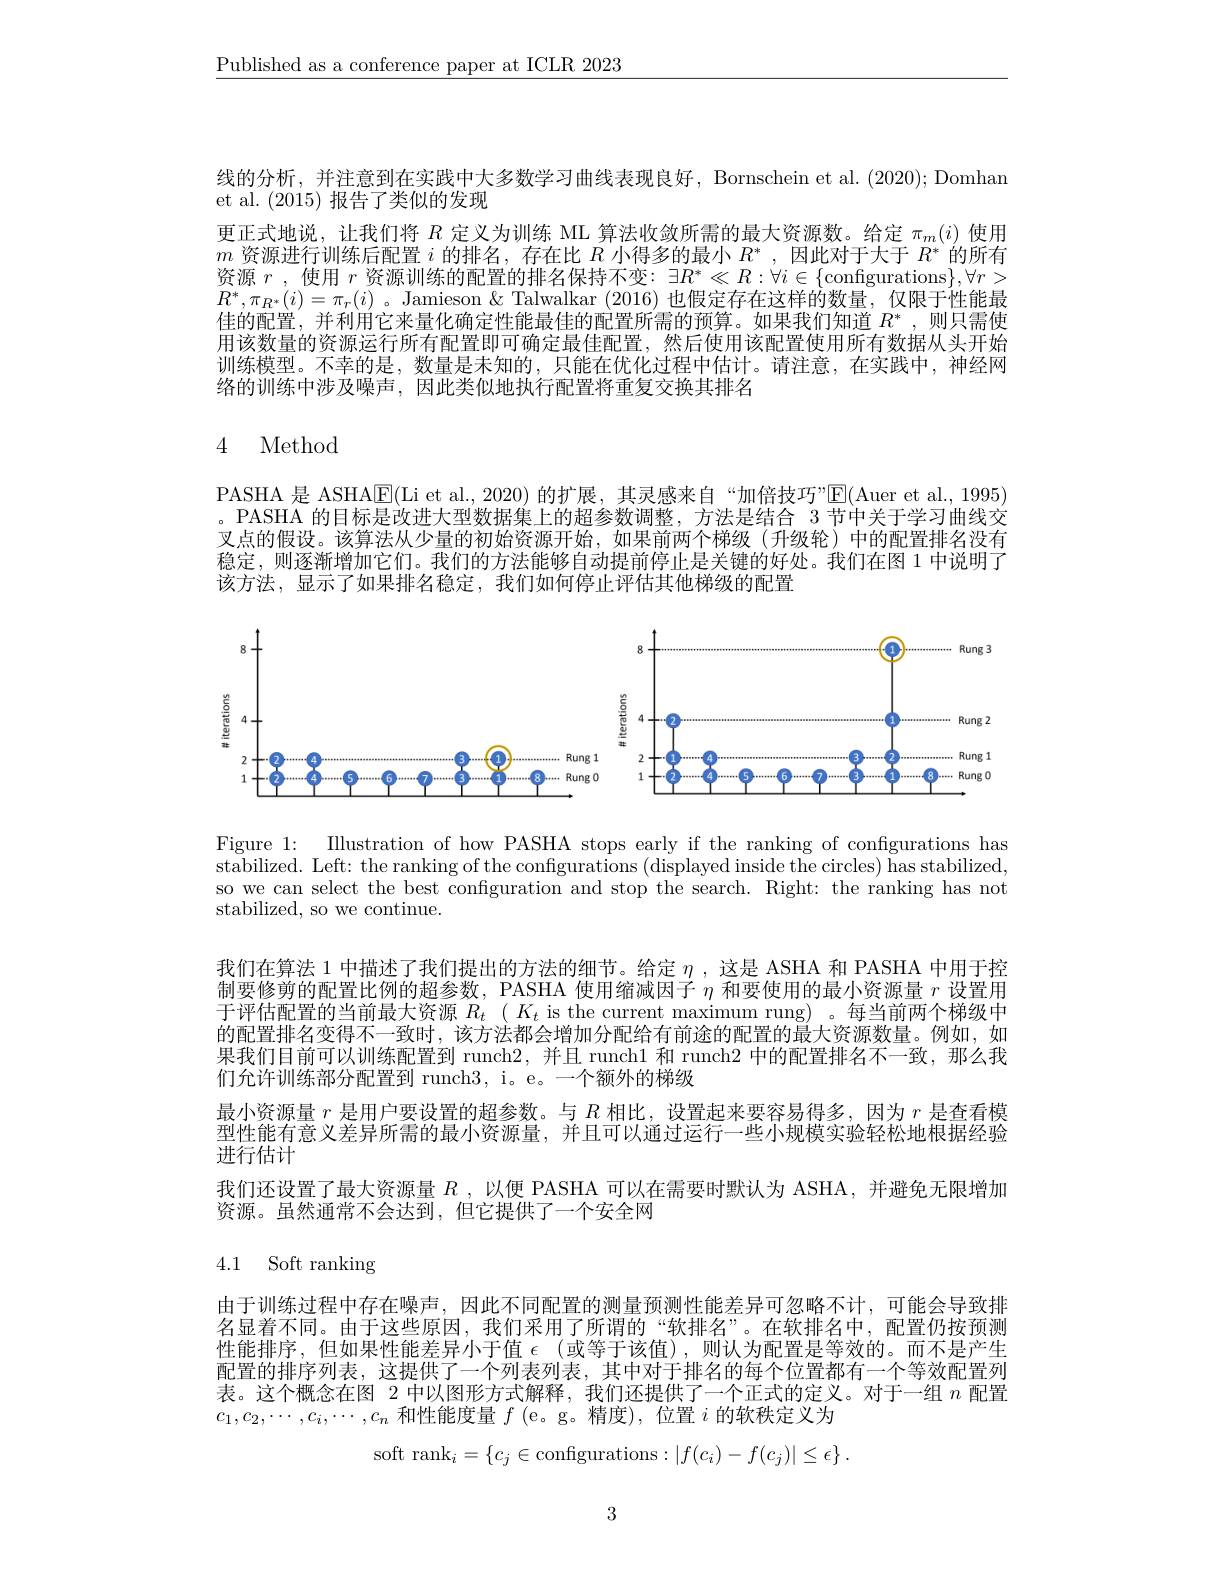
$\underline{\text{Published as a conference paper at ICLR 2023}}$

线的分析，并注意到在实践中大多数学习曲线表现良好，Bornschein et al. (2020); Domhan
et al. (2015)报告了类似的发现
更正式地说，让我们将$R$定义为训练 ML 算法收敛所需的最大资源数。给定$\pi_m(i)$使用$m$资源进行训练后配置$i$的排名，存在比$R$小得多的最小$R^*$,因此对于大于$R^*$的所有资源$r$ , 使用$r$资源训练的配置的排名保持不变：$\exists R^*\ll R:\forall i\in\{$configurations$\},\forall r>$ $R^*,\pi_{R^*}(i)=\pi_r(i)$ 。Jamieson & Talwalkar (2016)也假定存在这样的数量，仅限于性能最佳的配置，并利用它来量化确定性能最佳的配置所需的预算。如果我们知道$R^*$,则只需使用该数量的资源运行所有配置即可确定最佳配置，然后使用该配置使用所有数据从头开始训练模型。不幸的是，数量是未知的，只能在优化过程中估计。请注意，在实践中，神经网络的训练中涉及噪声，因此类似地执行配置将重复交换其排名

# 4 Method

PASHA 是 ASHAlE(Li et al., 2020) 的扩展，其灵感来自“加倍技巧”E(Auer et al., 1995) 。PASHA 的目标是改进大型数据集上的超参数调整，方法是结合 3 节中关于学习曲线交叉点的假设。该算法从少量的初始资源开始，如果前两个梯级(升级轮)中的配置排名没有稳定，则逐渐增加它们。我们的方法能够自动提前停止是关键的好处。我们在图 1 中说明了该方法，显示了如果排名稳定，我们如何停止评估其他梯级的配置

<FigureHere>

Figure 1: Illustration of how PASHA stops early if the ranking of configurations has stabilized. Left: the ranking of the configurations (displayed inside the circles) has stabilized, so we can select the best configuration and stop the search. Right: the ranking has not stabilized, so we continue.

我们在算法 1 中描述了我们提出的方法的细节。给定$\eta$ ,这是 ASHA 和 PASHA 中用于控制要修剪的配置比例的超参数，PASHA 使用缩减因子$\eta$和要使用的最小资源量$r$设置用于评估配置的当前最大资源$R_t$ $( K_t$ is the current maximum rung) 。每当前两个梯级中的配置排名变得不一致时，该方法都会增加分配给有前途的配置的最大资源数量。例如，如果我们目前可以训练配置到 runch2,并且 runch1 和 runch2 中的配置排名不一致，那么我们允许训练部分配置到 runch3, i。e。一个额外的梯级
最小资源量$r$是用户要设置的超参数。与$R$相比，设置起来要容易得多，因为$r$是查看模型性能有意义差异所需的最小资源量，并且可以通过运行一些小规模实验轻松地根据经验进行估计
我们还设置了最大资源量$R$ ,以便 PASHA 可以在需要时默认为 ASHA, 并避免无限增加
资源。虽然通常不会达到，但它提供了一个安全网

# 4.1 Soft ranking

由于训练过程中存在噪声，因此不同配置的测量预测性能差异可忽略不计，可能会导致排名显着不同。由于这些原因，我们采用了所谓的“软排名”。在软排名中，配置仍按预测性能排序，但如果性能差异小于值$\epsilon$ (或等于该值),则认为配置是等效的。而不是产生配置的排序列表，这提供了一个列表列表，其中对于排名的每个位置都有一个等效配置列表。这个概念在图 2 中以图形方式解释，我们还提供了一个正式的定义。对于一组$n$配置$c_1,c_2,\cdots,c_i,\cdots,c_n$和性能度量$f$ (e。g。精度),位置$i$的软秩定义为
$$\mathrm{soft~rank}_i=\{c_j\in\mathrm{configurations}:|f(c_i)-f(c_j)|\leq\epsilon\}\:.$$
3